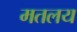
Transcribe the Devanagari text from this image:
मतलय